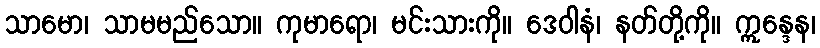
သာမော၊ သာမမည်သော။ ကုမာရော၊ မင်းသားကို။ ဒေဝါနံ၊ နတ်တို့ကို။ ဣန္ဒေန၊